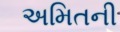
અમિતની